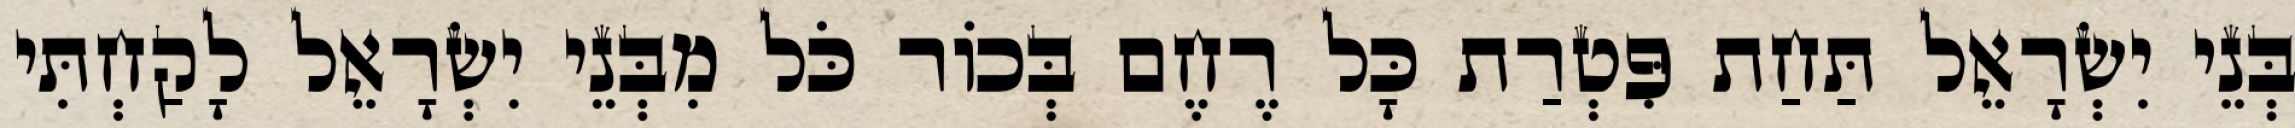
בְּנֵי יִשְׂרָאֵל תַּחַת פִּטְרַת כָּל רֶחֶם בְּכוֹר כֹּל מִבְּנֵי יִשְׂרָאֵל לָקַחְתִּי